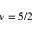
\nu = 5 / 2